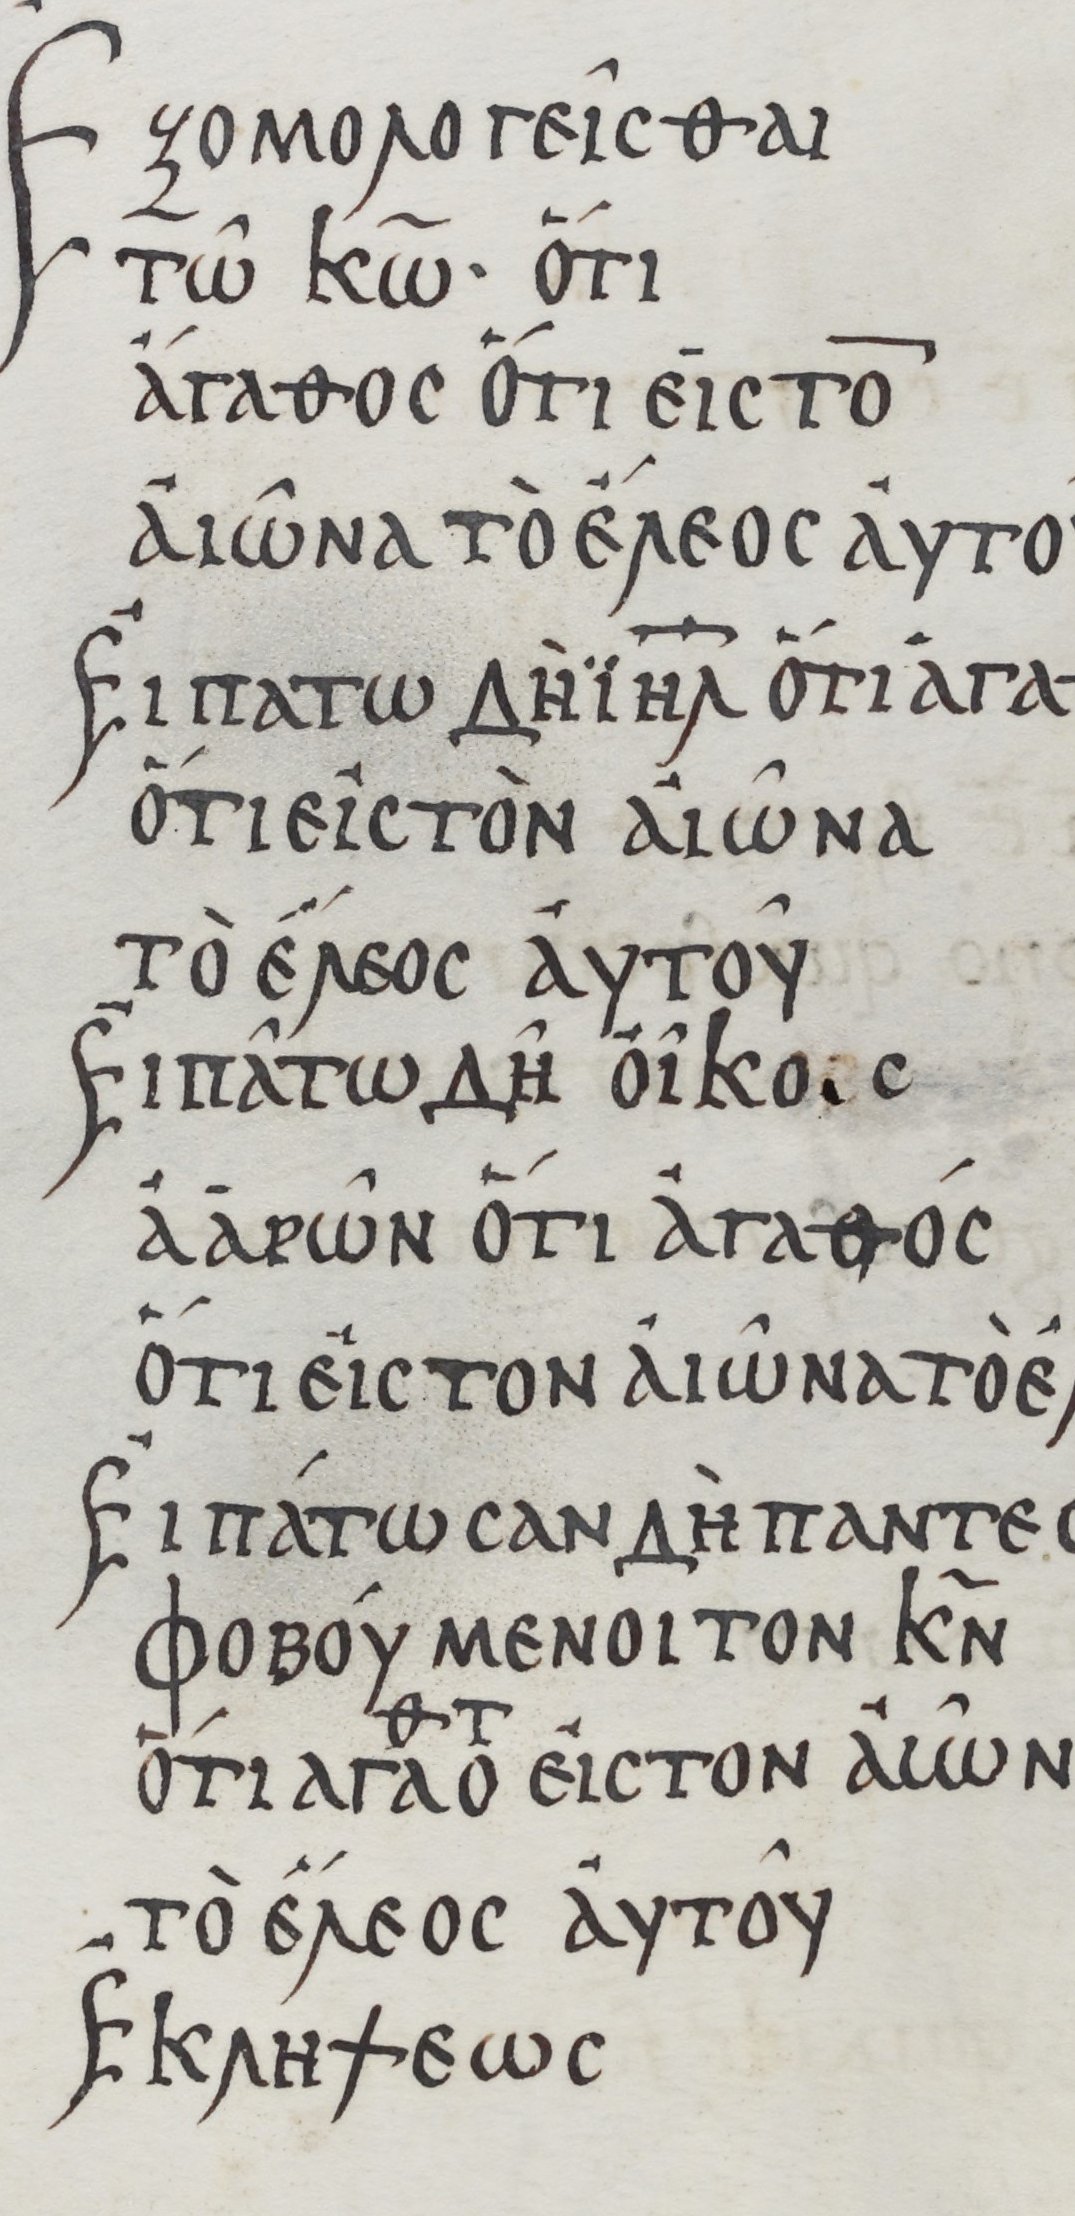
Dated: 800–999